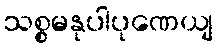
သစ္စမနုပါပုဏေယျ